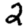
Digit: 2